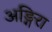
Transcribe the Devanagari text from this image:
अङ्गिरा